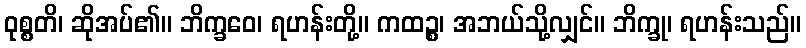
ဝုစ္စတိ၊ ဆိုအပ်၏။ ဘိက္ခဝေ၊ ရဟန်းတို့။ ကထဉ္စ၊ အဘယ်သို့လျှင်။ ဘိက္ခု၊ ရဟန်းသည်။